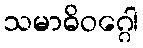
သမာဓိဝဂ္ဂေါ